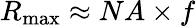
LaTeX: {R_{\mathrm{max}}}\approx NA\times f